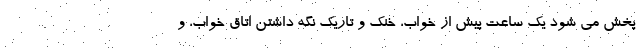
پخش می شود یک ساعت پیش از خواب، خنک و تاریک نگه داشتن اتاق خواب، و